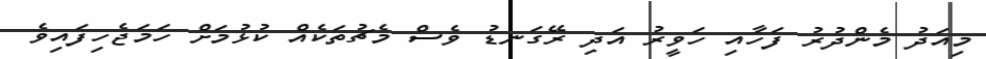
މިއަދު މެންދުރު ފަހާއި ހަވީރު އަދި ރޭގަނޑު ވެސް މެޗުތަކެއް ކުޅުމަށް ހަމަޖެހިފައިވެ